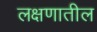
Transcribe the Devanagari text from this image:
लक्षणातील